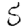
Digit: 5